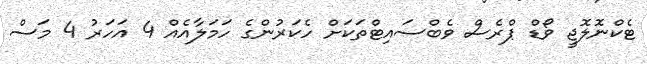
ޓެކްނޮލޮޖީ ވޯޑް ޕްރެސް ވެބްސައިޓްތަކަށް ހެކަރުންގެ ހަމަލާއެއް 4 އަހަރު 4 މަސް